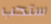
ستحب